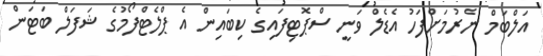
އަލްބަމް ނެރުމަށްފަހު އެޑެލް ވަނީ ސްޕޮޓިފައިގެ ކިބައިން އެ ޕްލެޓްފޯމުގެ ޝަފަލް ބަޓަން